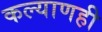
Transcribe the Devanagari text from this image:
कल्याणही